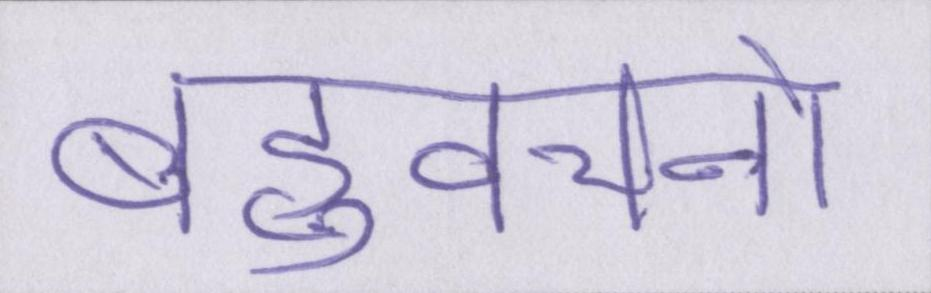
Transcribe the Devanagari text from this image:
बहुवचनों